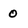
Character: 0